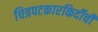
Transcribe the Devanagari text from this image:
चित्रपटकारकिर्दीची